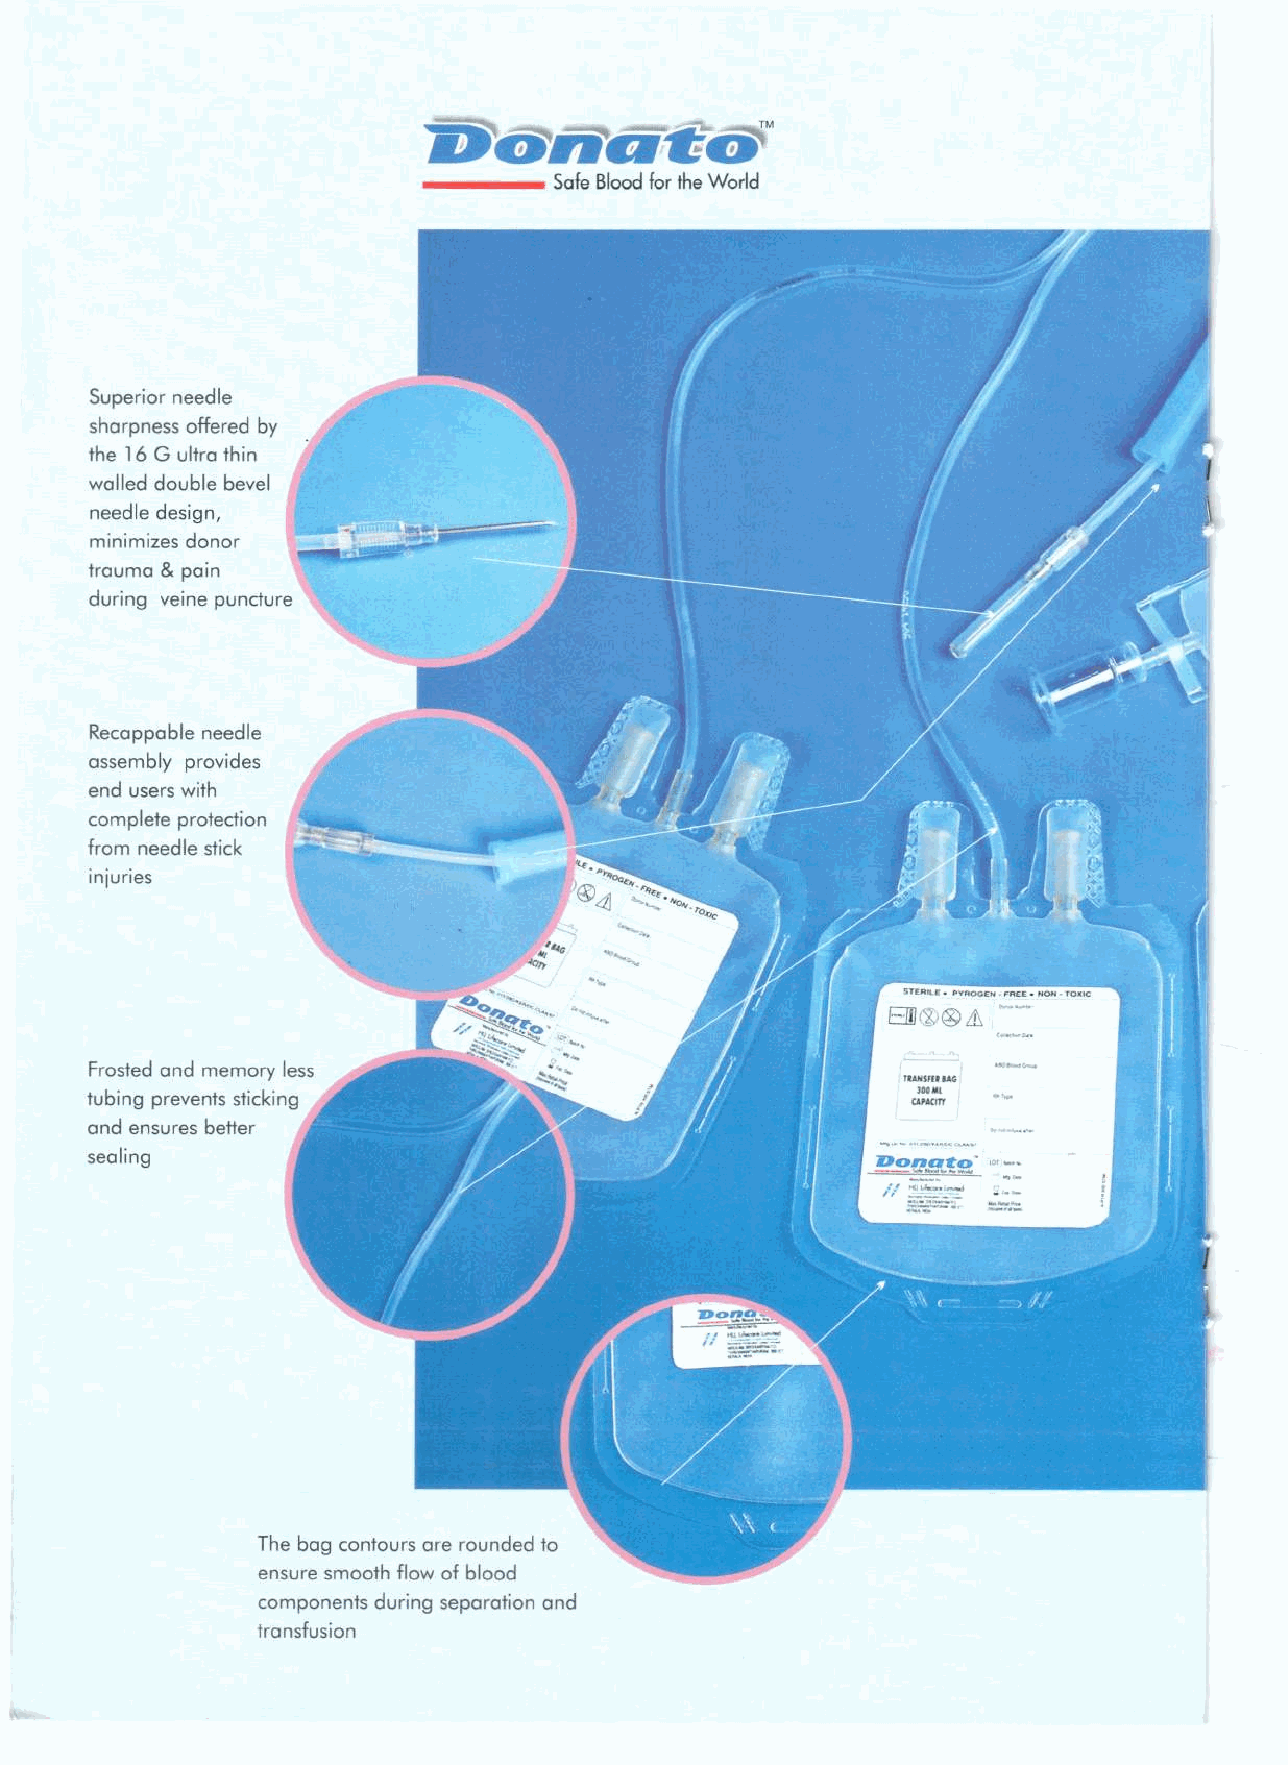
•    .,.    •••       TM
 _____    SafeBlood for theWorld
 Superior needle
 sharpness offered by
 the 16 G ultra thin
 walled double bevel
 needle design,
 minimizes donor
 trauma & pain
 during veine puncture
 Recappable needle
 assembly provides
 end users with
 complete protection
 from needle stick
 ( STERilE. PYROGEN _FREE. NON· TOXIC
 Em®®L1 -~.
 Frosted and memory less
 11.4HSFUIAG
 tubing prevents sticking                              Wlo Ao CM /Il T
 and ensures better
 sealing
 )
 The bag contours are rounded to
 ensure smooth flow of blood
 components during separation and
 transfusion